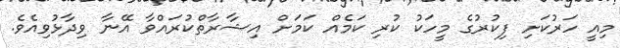
މިއީ ހަރުކަށި ފިކުރުގެ މީހަކު ކުރި ކަމެއް ކަމަށް އިޝާރާތްކުރައްވާ އޭނާ ވިދާޅުވިއެވެ.